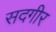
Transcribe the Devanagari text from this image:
सदगीर